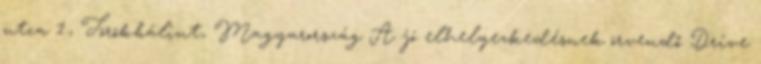
utca 1., Törökbálint, Magyarország A jó elhelyezkedésnek örvendő Drive